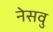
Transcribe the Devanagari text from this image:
नेसवु